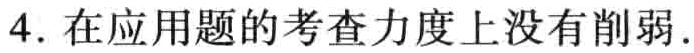
4. 在应用题的考查力度上没有削弱.